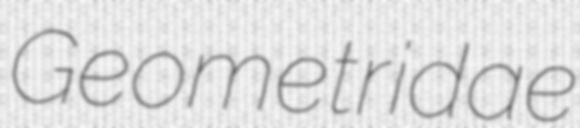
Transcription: Geometridae